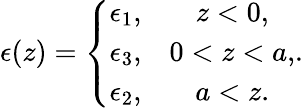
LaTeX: \epsilon(z)=\left\{ \begin{array}{cc}{{\epsilon_{1},}}&{{z<0,}}\\ {{\epsilon_{3},}}&{{0<z<a,}}\\ {{\epsilon_{2},}}&{{a<z.}}\end{array}\right..